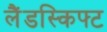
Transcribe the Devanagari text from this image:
लैंडस्किफ्ट